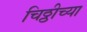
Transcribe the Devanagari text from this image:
चिठ्ठीच्या